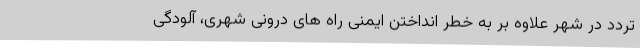
تردد در شهر علاوه بر به خطر انداختن ایمنی راه های درونی شهری، آلودگی